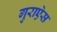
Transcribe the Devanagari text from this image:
गुराऐस